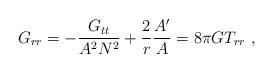
LaTeX: \begin{align*}G_{rr} = -\frac{G_{tt}}{A^2N^2}+\frac{2}{r} \frac{A'}{A} =8\pi G T_{rr}\ , \end{align*}